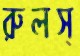
রুলস্